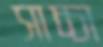
সাচ্চা